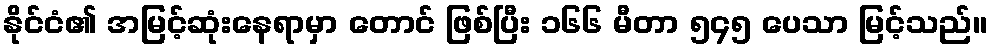
နိုင်ငံ၏ အမြင့်ဆုံးနေရာမှာ တောင် ဖြစ်ပြီး ၁၆၆ မီတာ ၅၄၅ ပေသာ မြင့်သည်။